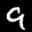
Label: 9